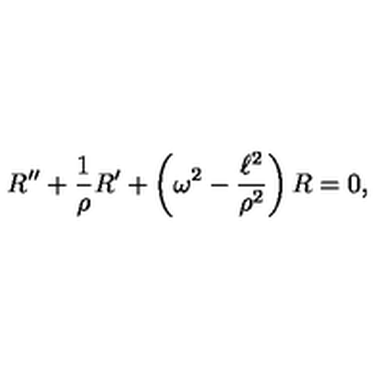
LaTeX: R ^ { \prime \prime } + \frac { 1 } { \rho } R ^ { \prime } + \left( \omega ^ { 2 } - \frac { \ell ^ { 2 } } { \rho ^ { 2 } } \right) R = 0 ,